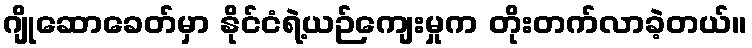
ဂျိုဆောခေတ်မှာ နိုင်ငံရဲ့ယဉ်ကျေးမှုက တိုးတက်လာခဲ့တယ်။